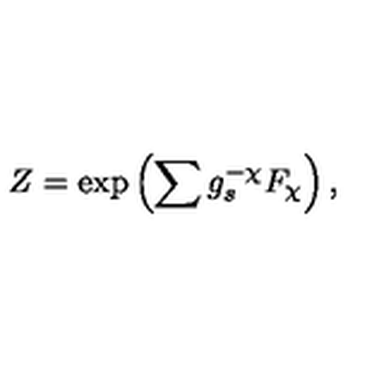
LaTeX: Z = \mathrm { e x p } \left( \sum g _ { s } ^ { - \chi } { F } _ { \chi } \right) ,